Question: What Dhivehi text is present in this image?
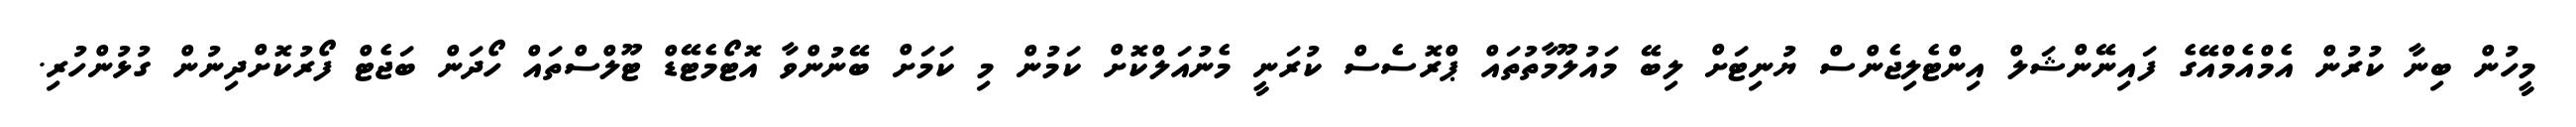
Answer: މީހުން ބިނާ ކުރުން އެމްއެމްއޭގެ ފައިނޭންޝަލް އިންޓެލިޖެންސް ޔުނިޓަށް ލިބޭ މައުލޫމާތުތައް ޕްރޮސެސް ކުރަނީ މެނުއަލްކޮށް ކަމުން މި ކަމަށް ބޭނުންވާ އޮޓޯމެޓޭޑް ޓޫލްސްތައް ހޯދަން ބަޖެޓް ފޯރުކޮށްދިނުން ގުޅުންހުރި.